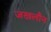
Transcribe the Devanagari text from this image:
जखलौन